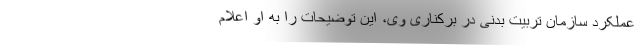
عملکرد سازمان تربیت بدنی در برکناری وی، این توضیحات را به او اعلام